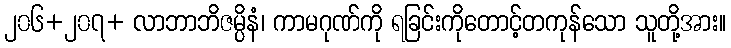
၂၀၆+၂၀၇+ လာဘာဘိဇမ္ပိနံ၊ ကာမဂုဏ်ကို ရခြင်းကိုတောင့်တကုန်သော သူတို့အား။